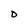
Character: D